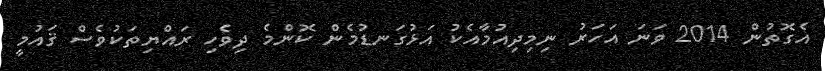
އެގޮތުން 2014 ވަނަ އަހަރު ނިމިދިއުމާއެކު އަޅުގަނޑުމެން ކޮންމެ ދިވެހި ރައްޔިތަކުވެސް ޤައުމީ